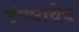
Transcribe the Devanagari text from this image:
शृंगाराचेच